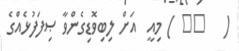
(   ١٦ ) މިއީ  އަށް ލިބިވޮޑިގެންވާ ޞިފަފުޅެއްގެ